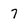
Character: 7